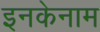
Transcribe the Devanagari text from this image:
इनकेनाम